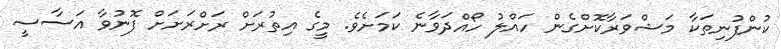
ކުންފުނިތަކާ މަޝްވަރާކޮށްގެން ހައްލު ހޯއްދަވާނެ ކަމަށެވެ. މީގެ އިތުރަށް ރަށްރަށަށް ފޮނުވާ އަސާސީ